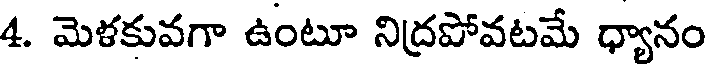
4. మెళకువగా ఉంటూ నిద్రపోవటమే ధ్యానం